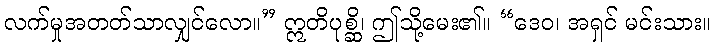
လက်မှုအတတ်သာလျှင်လော။” ဣတိပုစ္ဆိ၊ ဤသို့မေး၏။ “ဒေဝ၊ အရှင် မင်းသား။